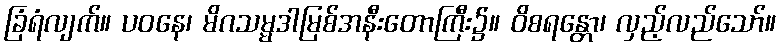
ခြံရံလျက်။ ပဝနေ၊ မိဂသမ္မဒါမြစ်အနီးတောကြီး၌။ ဝိစရန္တော၊ လှည့်လည်သော်။